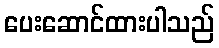
ပေးဆောင်ထားပါသည်